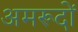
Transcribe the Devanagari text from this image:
अमरूदों